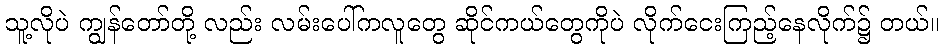
သူ့လိုပဲ ကျွန်တော်တို့ လည်း လမ်းပေါ်ကလူတွေ ဆိုင်ကယ်တွေကိုပဲ လိုက်ငေးကြည့်နေလိုက်၌ တယ်။